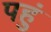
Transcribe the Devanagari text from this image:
पहुं